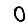
Digit: 0